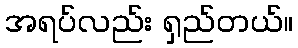
အရပ်လည်း ရှည်တယ်။